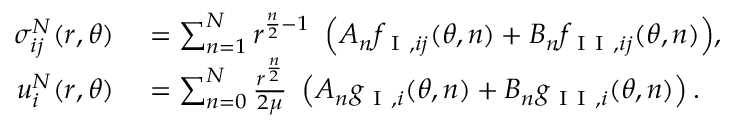
\begin{array} { r l } { \sigma _ { i j } ^ { N } ( r , \theta ) } & { { } = \sum _ { n = 1 } ^ { N } { r ^ { \frac { n } { 2 } - 1 } \ \left( A _ { n } f _ { \mathrm { ~ I ~ } , i j } ( \theta , n ) + B _ { n } f _ { \mathrm { ~ I ~ I ~ } , i j } ( \theta , n ) \right) } , } \\ { u _ { i } ^ { N } ( r , \theta ) } & { { } = \sum _ { n = 0 } ^ { N } \frac { r ^ { \frac { n } { 2 } } } { 2 \mu } \ \left( A _ { n } g _ { \mathrm { ~ I ~ } , i } ( \theta , n ) + B _ { n } g _ { \mathrm { ~ I ~ I ~ } , i } ( \theta , n ) \right) . } \end{array}